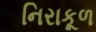
નિરાકૂળ